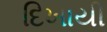
દિખાયી